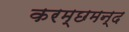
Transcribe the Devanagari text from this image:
करम्छमन्द